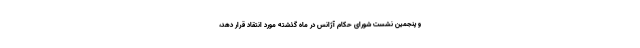
و پنجمین نشست شورای حکام آژانس در ماه گذشته مورد انتقاد قرار دهد،